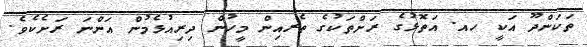
ތަކަންދޫ އަކީ ހއ. އަތޮޅުގެ ރަށްތަކުގެ ތެރއިން މީހުން ދިރިއުޅެމުން އަންނަ ރަށެކެވެ.